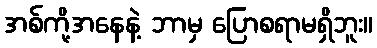
အစ်ကို့အနေနဲ့ ဘာမှ ပြောစရာမရှိဘူး။